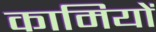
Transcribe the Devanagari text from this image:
कामियों